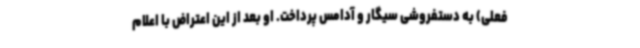
فعلی) به دستفروشی سیگار و آدامس‌ پرداخت. او بعد از این اعتراض با اعلام